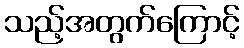
သည့်အတွက်ကြောင့်